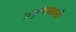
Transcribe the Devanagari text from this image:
प्रभुत्वाखाली